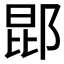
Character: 𬪈